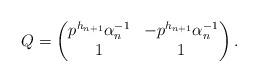
LaTeX: \begin{align*}Q=\begin{pmatrix}p^{h_{n+1}}\alpha_n^{-1}&-p^{h_{n+1}}\alpha_n^{-1}\\1&1\end{pmatrix}.\end{align*}